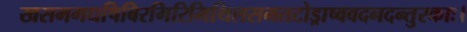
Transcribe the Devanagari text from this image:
खसमगधषिबिरगिरिमिथिलसमतटोड्राष्ववदनदन्तुरकाः।